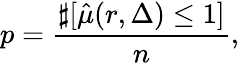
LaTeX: p=\frac{\sharp[\hat{\mu}(r,\Delta)\leq 1]}{n},